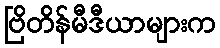
ဗြိတိန်မီဒီယာများက